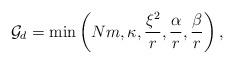
LaTeX: \begin{align*} {\cal G}_d=\min\left(N m, \kappa, \frac{\xi^2}{r},\frac{\alpha}{r},\frac{\beta}{r}\right), \end{align*}